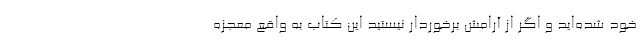
خود شده‌اید و اگر از آرامش برخوردار نیستید این کتاب به واقع معجزه